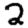
Digit: 2